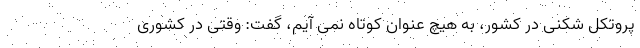
پروتکل شکنی در کشور، به هیچ عنوان کوتاه نمی آیم، گفت: وقتی در کشوری